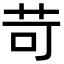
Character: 苛